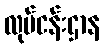
လုပ်ငန်းဌာန